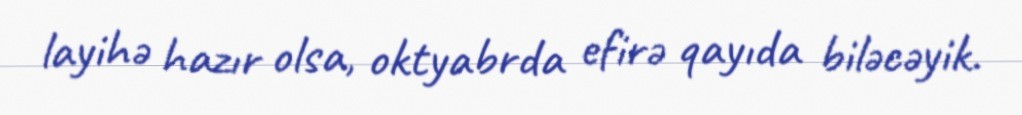
layihə hazır olsa, oktyabrda efirə qayıda biləcəyik.